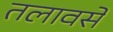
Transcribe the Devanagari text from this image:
तलावसे